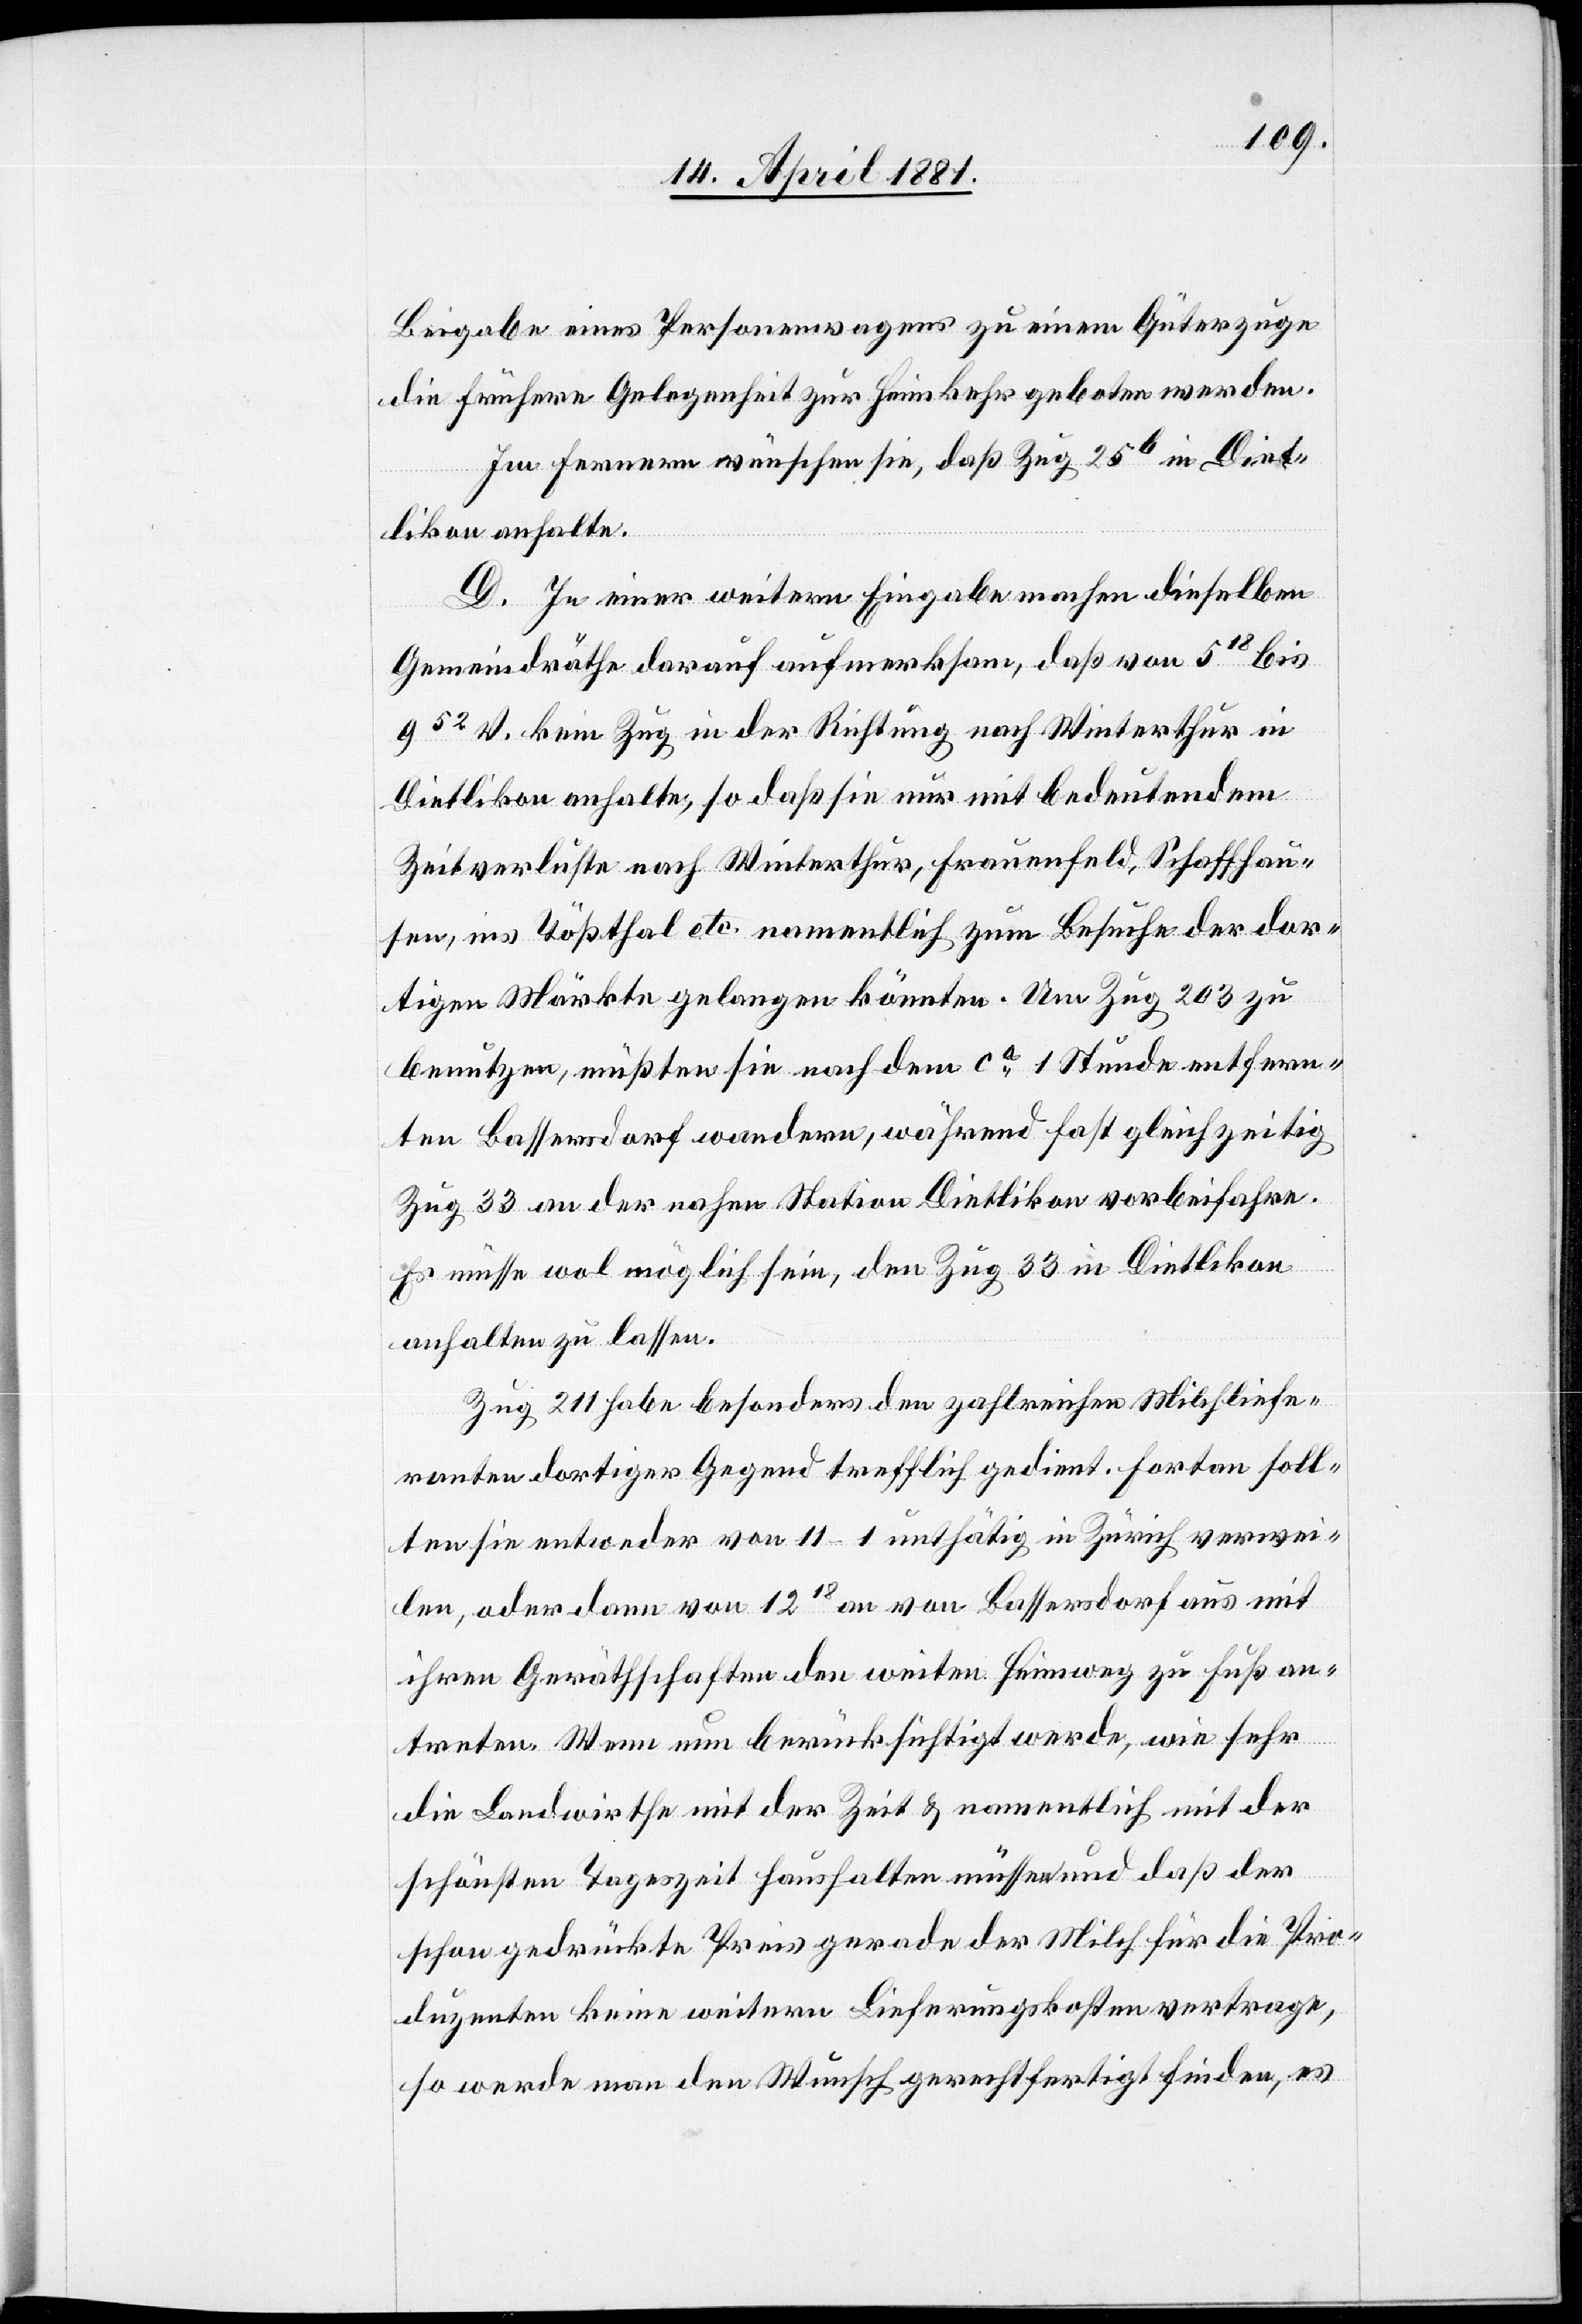
Beigabe eines Personenwagens zu einem Güterzuge
die frühere Gelegenheit zur Heimkehr geboten werden.
Im Fernern wünschen sie, daß Zug 25b in Diet¬
likon anhalte.
D. In einer weitern Eingabe machen dieselben
Gemeindräthe darauf aufmerksam, daß von 518 bis
952 kein Zug in der Richtung nach Winterthur in
Dietlikon anhalte, so daß sie nur mit bedeutendem
Zeitverluste nach Winterthur, Frauenfeld, Schaffhau¬
sen, ins Tößthal etc. namentlich zum Besuche der dor¬
tigen Märke gelangen könnten. Um Zug 203 zu
benutzen, müßten sie nach dem ca 1 Stunde entfern¬
ten Bassersdorf wandern, während fast gleichzeitig
Zug 33 an der nahen Station Dietlikon vorbeifahre.
Es müsse wohl möglich sein, den Zug 33 in Dietlikon
anhalten zu lassen.
Zug 211 habe besonders den zahlreichen Milchliefe¬
ranten dortiger Gegend trefflich gedient. Fortan soll¬
ten sie entweder von 11–1 unthätig in Zürich verwei¬
len, oder dann von 1218 an von Bassersdorf aus mit
ihren Geräthschaften den weiten Heimweg zu Fuß an¬
treten. Wenn nun berücksichtigt werde, wie sehr
die Landwirthe mit der Zeit & namentlich mit der
schönsten Tageszeit haushalten müssen und daß der
schon gedrückte Preis gerade der Milch für die Pro¬
duzenten keine weitern Lieferungskosten vertrage,
so werde man den Wunsch gerechtfertigt finden, es